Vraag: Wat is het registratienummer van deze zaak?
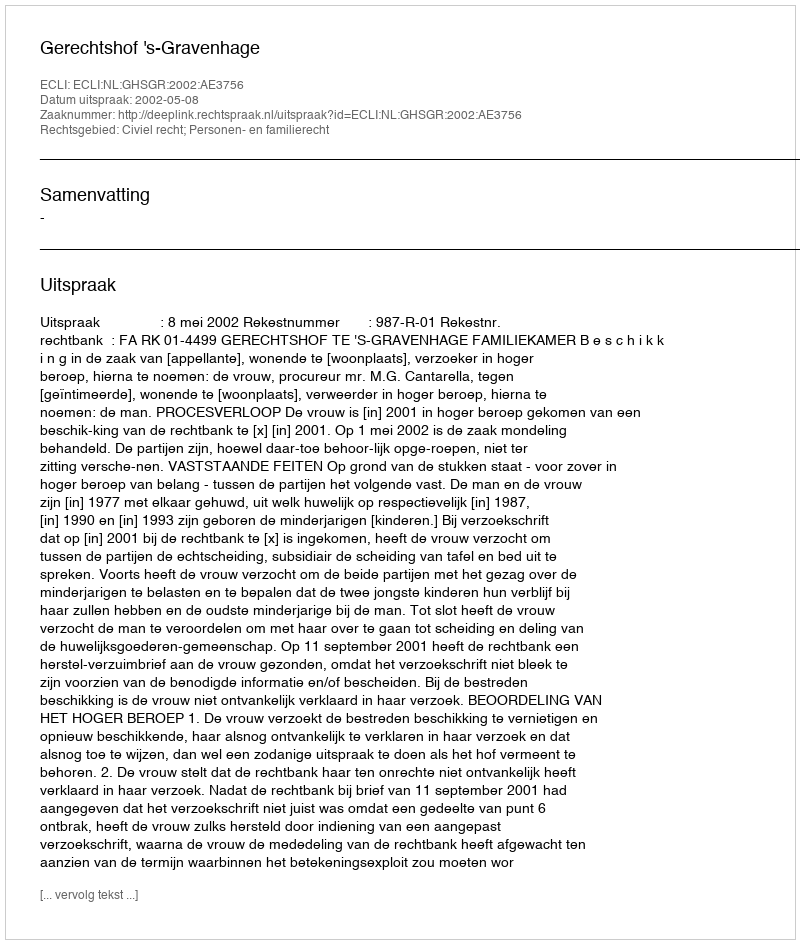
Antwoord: http://deeplink.rechtspraak.nl/uitspraak?id=ECLI:NL:GHSGR:2002:AE3756